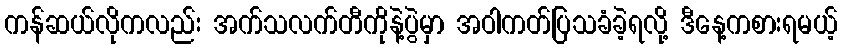
ကန်ဆယ်လိုကလည်း အက်သလက်တီကိုနဲ့ပွဲမှာ အဝါကတ်ပြသခံခဲ့ရလို့ ဒီနေ့ကစားရမယ့်